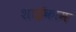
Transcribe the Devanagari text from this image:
शाईकाम